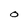
Character: O